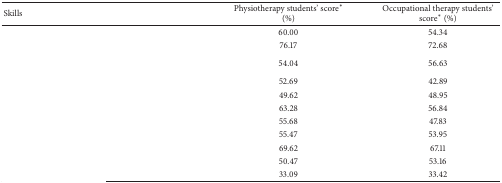
<table><thead><tr><td><b>Skills</b></td><td><b>Physiotherapy students' score* (%)</b></td><td><b>Occupational therapy students' score* (%)</b></td></tr></thead><tbody><tr><td>[EMPTY_CELL]</td><td>60.00</td><td>54.34</td></tr><tr><td>[EMPTY_CELL]</td><td>76.17</td><td>72.68</td></tr><tr><td>[EMPTY_CELL]</td><td>54.04</td><td>56.63</td></tr><tr><td>[EMPTY_CELL]</td><td>52.69</td><td>42.89</td></tr><tr><td>[EMPTY_CELL]</td><td>49.62</td><td>48.95</td></tr><tr><td>[EMPTY_CELL]</td><td>63.28</td><td>56.84</td></tr><tr><td>[EMPTY_CELL]</td><td>55.68</td><td>47.83</td></tr><tr><td>[EMPTY_CELL]</td><td>55.47</td><td>53.95</td></tr><tr><td>[EMPTY_CELL]</td><td>69.62</td><td>67.11</td></tr><tr><td>[EMPTY_CELL]</td><td>50.47</td><td>53.16</td></tr><tr><td>[EMPTY_CELL]</td><td>33.09</td><td>33.42</td></tr></tbody></table>